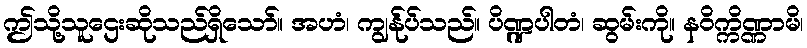
ဤသို့သူဌေးဆိုသည်ရှိသော်။ အဟံ၊ ကျွန်ုပ်သည်။ ပိဏ္ဍပါတံ၊ ဆွမ်းကို။ နဝိက္ကိဏ္ဏာမိ၊